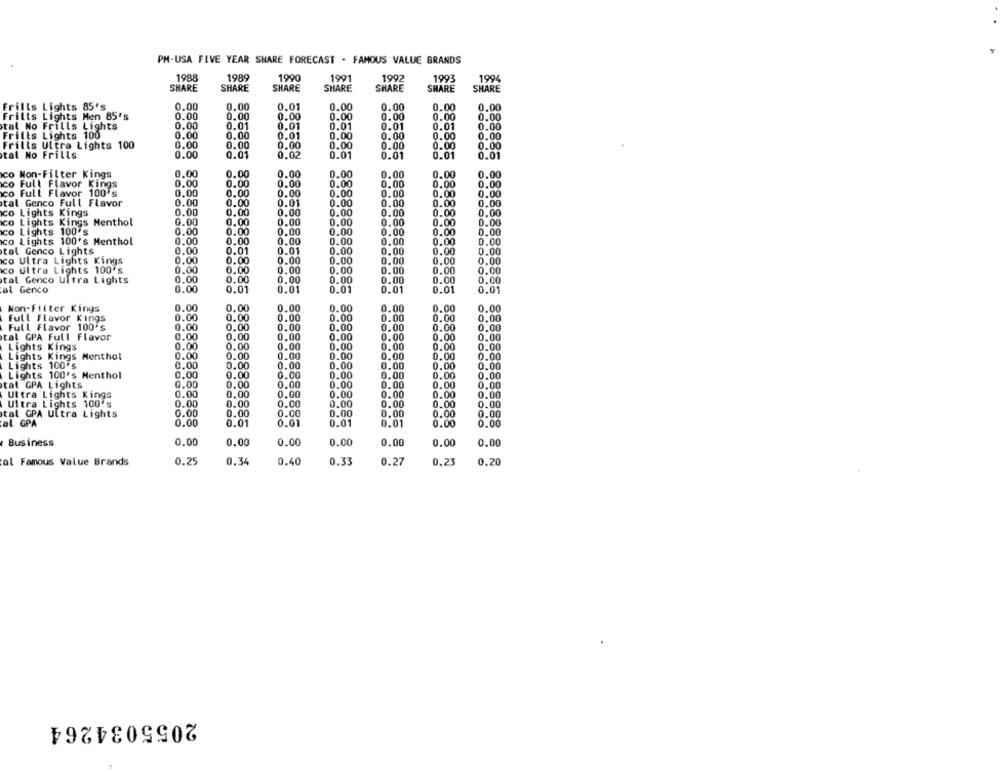
PM-USA FIVE YEAR SHARE FORECAST . FAMOUS VALUE BRANDS
1988
1989
1990
1991
1992
1994
1993
SHARE
SHARE
SHARE
SHARE
SHARE
SHARE
SHARE
Frills Lights 85's
0.00
0.00
0.01
0.00
0.00
0.00
0.00
Frilts Lights Men 85's
0.00
0.00
0.00
0.00
0.00
0.00
0.00
tal No Frills Lights
0.00
0.01
0.01
0.01
0.00
0.01
0.01
Frills Lights 100
0.00
0.00
0.01
0.00
0.00
0.00
0.00
Frills Ultra Lights 100
0.00
0.00
0.00
0.00
0.00
0.00
0.00
tal No Frills
0.00
0.01
0.02
0.01
0.01
0.01
0.01
co Won-Filter Kings
0.00
0.00
0.00
0.00
0.00
0.00
0.00
co Full Flavor Kings
0.00
0.00
0.00
0.00
0.00
0.00
0.00
co Full Flavor 100's
0,00
0.00
0.00
0.00
0.00
0.00
0.00
0.00
0.00
0.01
0.00
0.00
0.00
0.00
tal Genco Full Flavor
co Lights Kings
0.00
0.00
0.00
0.00
0.00
0.00
0.00
co Lights Kings Menthol
0.00
0.00
0.00
0.00
0.00
0.00
0.00
co Lights 100's
0.00
0.00
0.00
0.00
0.00
0.00
0.00
0.00
0.00
co Lights 100's Menthol
0.00
0.00
0.00
0.00
0.00
tal Genco Lights
0.00
0.01
0.01
0.00
0.00
0.00
0.00
co Ultra Lights Kings
0.00
0.00
0.00
0.00
0.00
0.00
0.00
co Ultra Lights 100's
0.00
0.00
0.00
0.00
0.00
0.00
0.00
0.00
0.00
0.00
0.00
0.00
0.00
0.00
tal Genco Ultra Lights
al Genco
0.00
0.01
0.01
0.01
0.01
0.01
0.01
Non-Filter Kings
0.00
0.00
0.00
0.00
0.00
0.00
0.00
Full Flavor Kings
0.00
0.00
0.00
0.00
0.00
0.00
0.00
Full Flavor 100's
0.00
0.00
0.00
0.00
0.00
0.00
0.00
tal GPA Full Flavor
0.00
0.00
0.00
0.00
0.00
0.00
0.00
Lights Kings
0.00
0.00
0.00
0.00
0.00
0.00
0.00
Lights Kings Menthol
0.00
0.00
0.00
0.00
0.00
0.00
0.00
Lights 100's
0.00
0.00
0.00
0.00
0.00
0.00
0.00
Lights 100's Menthol
0.00
0.00
0.00
0.00
0.00
0.00
0.00
tal GPA Lights
0.00
0.00
0.00
0.00
0.00
0.00
0.00
Ultra Lights Kings
0.00
0.00
0.00
0.00
0.00
0.00
0.00
Ultra Lights 100's
0.00
0.00
0.00
0.00
0.00
0.00
0.00
tal GPA Ultra Lights
0.00
0.00
0.00
0.00
0.00
0.00
0.00
al GPA
0.00
0.01
0.01
0.01
0.01
0.00
0.00
Business
0.00
0.00
0.00
0.00
0.00
0.00
0.00
al Famous Value Brands
0.25
0.34
0.40
0.33
0.27
0.23
0.20
2055034264